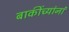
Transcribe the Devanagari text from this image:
बाकींच्यांनां